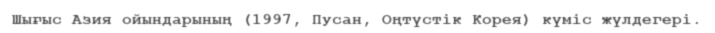
Шығыс Азия ойындарының (1997, Пусан, Оңтүстік Корея) күміс жүлдегері.